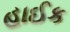
હાઈક